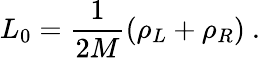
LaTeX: L_{0}=\frac{1}{2M}\left(\rho_{L}+\rho_{R}\right)\ .